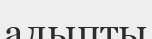
алыпты